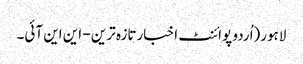
لاہور(اُردو پوائنٹ اخبارتازہ ترین - این این آئی۔